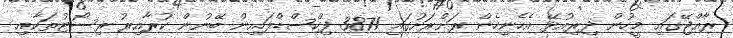
ރާއްޖޭގައި މީހުން ދިރިއުޅޭ އެހެނިހެން ރަށްރަށުގައި 3871 ފިކްސްޑްލައިން ބޭނުން ކުރާއިރު ރިސޯޓުތަކާއި